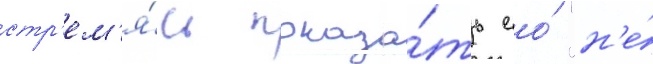
стр'ем'я́сь показа́ть ео́ "н'е́